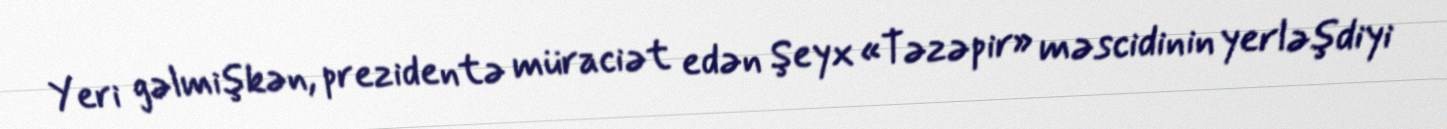
Yeri gəlmişkən, prezidentə müraciət edən Şeyx «Təzəpir» məscidinin yerləşdiyi